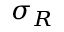
\sigma _ { R }